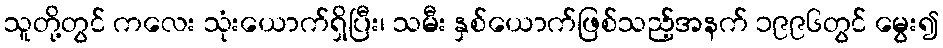
သူတို့တွင် ကလေး သုံးယောက်ရှိပြီး၊ သမီး နှစ်ယောက်ဖြစ်သည့်အနက် ၁၉၉၆တွင် မွေး၍